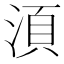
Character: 湏